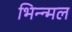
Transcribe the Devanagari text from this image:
भिन्न्मल